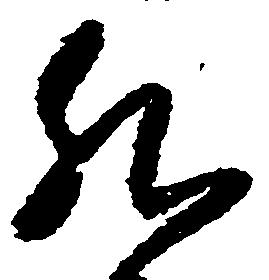
然